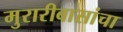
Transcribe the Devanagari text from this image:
मुरारीबासांचा